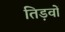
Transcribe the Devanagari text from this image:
तिड़वों